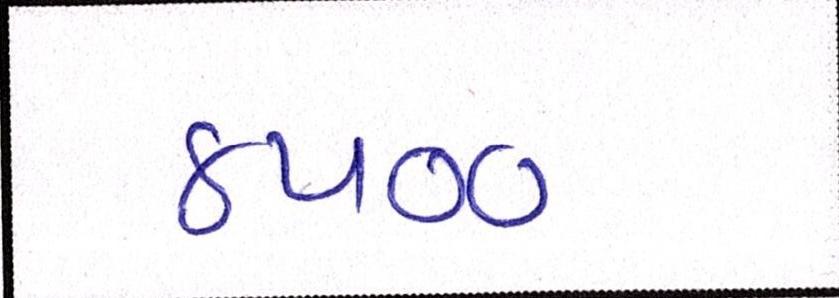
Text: ૪૫૦૦